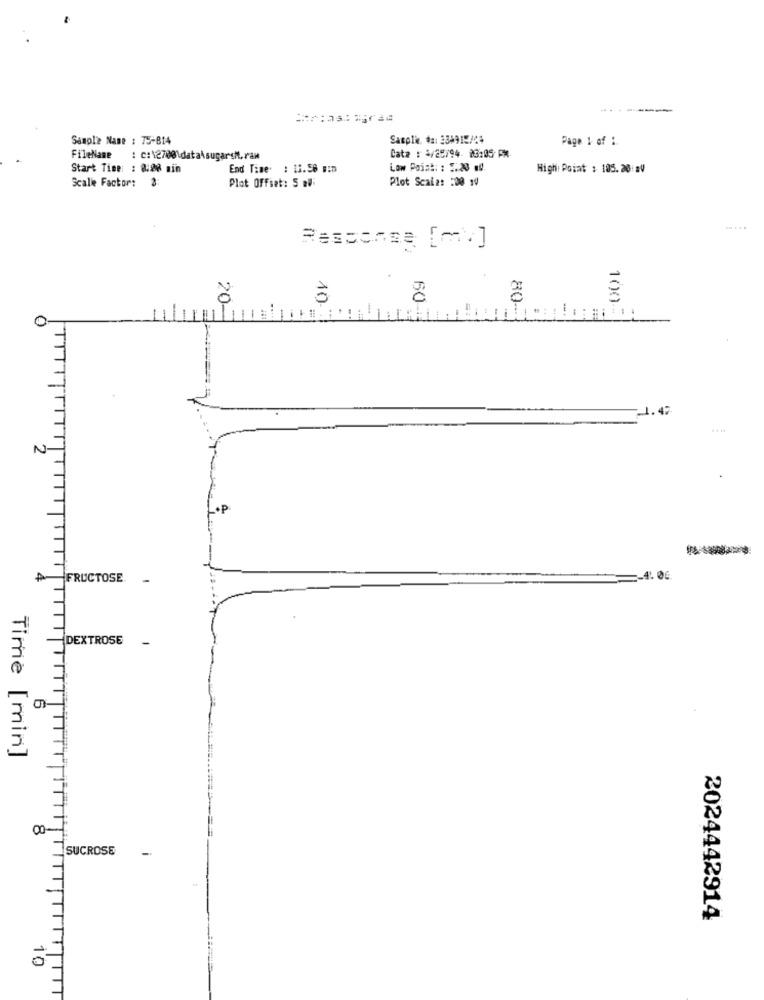
-------
Sample Name : 75-814
Sacplie #a: 334912/14
Page 1 of :
FileName : c:\2700\data\sugarst.raw
Cate : 3/25/94- 23:05 PM
Start Time: : 0:20 min
End Time. : 11.58 min
Low Point: : 5.20 ...
High Point : 105.20:BV
Plot Offset: 5 ml
Plot Scala: : 00 10
Scale Factor: 3:
Response [m.]
a
20-
10.
60-
1.47
N-
op
₱FRUCTOSE
-
-4. 0G.
DEXTROSE
Time [min]
SUCROSE
2024442914
10